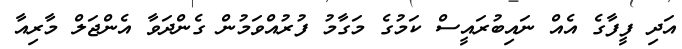
އަދި ފީފާގެ އެއް ނައިބުރައީސް ކަމުގެ މަގާމު ފުރުއްވަމުން ގެންދަވާ އެންޖަލް މާރިއާ